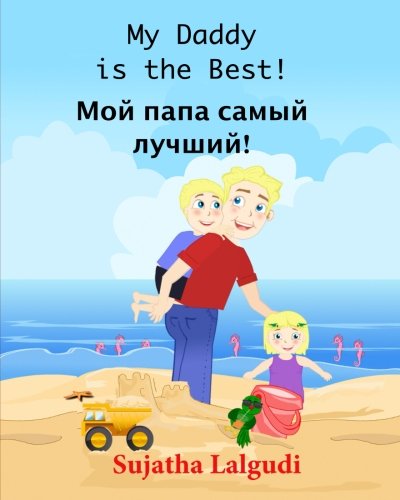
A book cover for Children's Russian book: My Daddy is the best!: (Bilingual Edition) English Russian Picture book for children.  Russian kids book. Bedtime book for ... Picture books) (Volume 7) (Russian Edition); Sujatha Lalgudi; Children's Books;